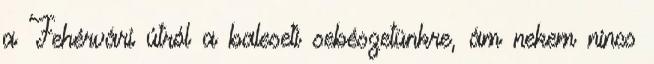
a Fehérvári útról a baleseti sebészetünkre, ám nekem nincs